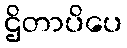
ဌိတာပိပေ